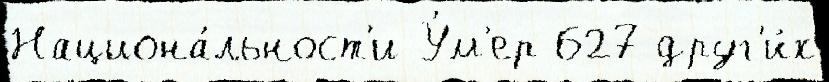
Национа́льност'и У́м'ер 627 друг'и́х